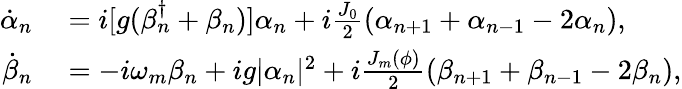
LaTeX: \begin{array}{rl}{\dot{\alpha}_{n}}&{{}=i[g(\beta_{n}^{\dagger}+\beta_{n})]\alpha_{n}+i\frac{J_{0}}{2}(\alpha_{n+1}+\alpha_{n-1}-2\alpha_{n}),}\\ {\dot{\beta}_{n}}&{{}=-i\omega_{m}\beta_{n}+ig|\alpha_{n}|^{2}+i\frac{J_{m}(\phi)}{2}(\beta_{n+1}+\beta_{n-1}-2\beta_{n}),}\end{array}